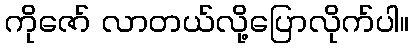
ကိုဇော် လာတယ်လို့ပြောလိုက်ပါ။